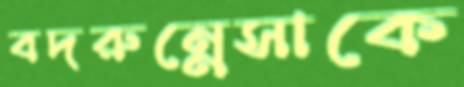
বদরুন্নেসাকে